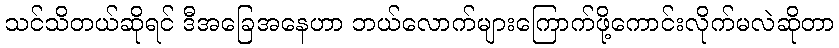
သင်သိတယ်ဆိုရင် ဒီအခြေအနေဟာ ဘယ်လောက်များကြောက်ဖို့ကောင်းလိုက်မလဲဆိုတာ